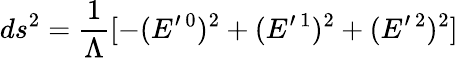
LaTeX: ds^{2}=\frac{1}{\Lambda}[-(E^{\prime\mathrm{~}0})^{2}+(E^{\prime\mathrm{~}1})^{2}+(E^{\prime\mathrm{~}2})^{2}]